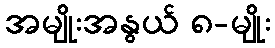
အမျိုးအနွယ် ၈-မျိုး